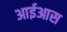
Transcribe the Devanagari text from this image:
आईआस